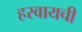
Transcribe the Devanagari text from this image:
हरवायची